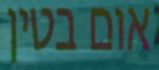
אום בטין